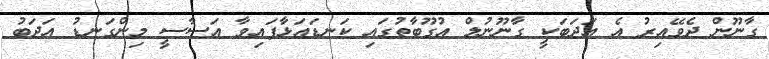
ގާނޫން ދެވޭއިރު އެ އަދަބަކީ ގާނޫނުލް އުގޫބާތުގައި ކަނޑައަޅާފައިވާ އަސާސީ މިންގަނޑު އަދަބު